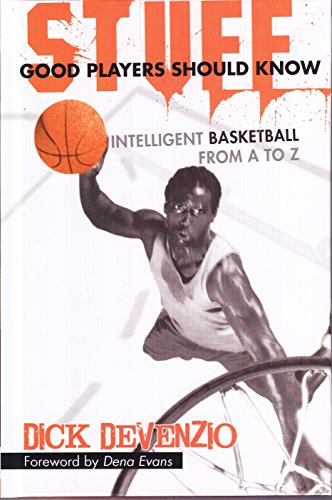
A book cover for Stuff Good Players Should Know; DeVenzio; Sports & Outdoors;